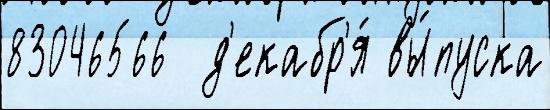
83046566  д'екабр'я́ вы́пуска